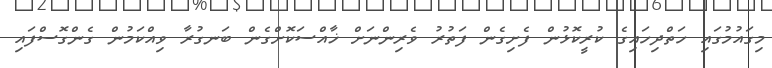
މިގައުމުގައި ހަތްދިހައިގެ ކުރީކޮޅުން ފެށިގެން ފަތުރު ވެރިންނަށް ޚާއްސަކޮށްގެން ބަނގުރާ ވިއްކަމުން ގެންގޮސްފައި